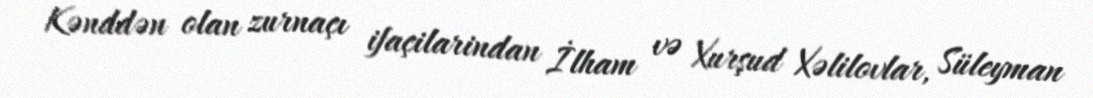
Kənddən olan zurnaçı ifaçilarindan İlham və Xurşud Xəlilovlar, Süleyman